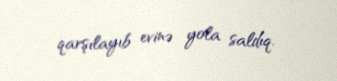
qarşılayıb evinə yola saldıq.